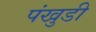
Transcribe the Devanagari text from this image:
पंखुडी